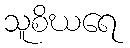
သူစိဃရေ